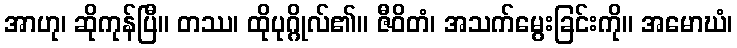
အာဟု၊ ဆိုကုန်ပြီ။ တဿ၊ ထိုပုဂ္ဂိုလ်၏။ ဇီဝိတံ၊ အသက်မွေးခြင်းကို။ အမောဃံ၊